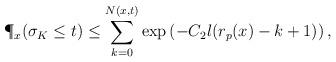
LaTeX: \begin{align*}\P_x(\sigma_K\leq t)\leq \sum_{k=0}^{N(x,t)}\exp\left(-C_2l(r_p(x)-k+1) \right),\end{align*}